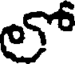
లో